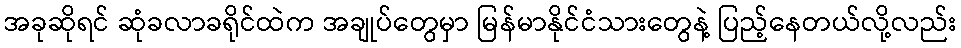
အခုဆိုရင် ဆုံခလာခရိုင်ထဲက အချုပ်တွေမှာ မြန်မာနိုင်ငံသားတွေနဲ့ ပြည့်နေတယ်လို့လည်း